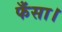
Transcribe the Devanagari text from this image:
फँसा।